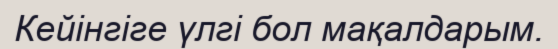
Кейінгіге үлгі бол мақалдарым.